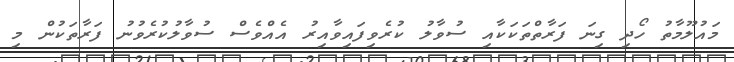
މައުލޫމާތު ހޯދި ގިނަ ފަރާތްތަކަކާއި ސުވާލު ކުރެވިފައިވާއިރު އެއްވެސް ސުވާލުކުރެވުނު ފަރާތަކުން މި